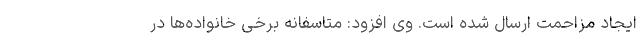
ایجاد مزاحمت ارسال شده است. وی افزود: متاسفانه برخی خانواده‌ھا در